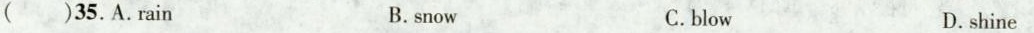
( )35.A.rain B.snow C.blow D.shine